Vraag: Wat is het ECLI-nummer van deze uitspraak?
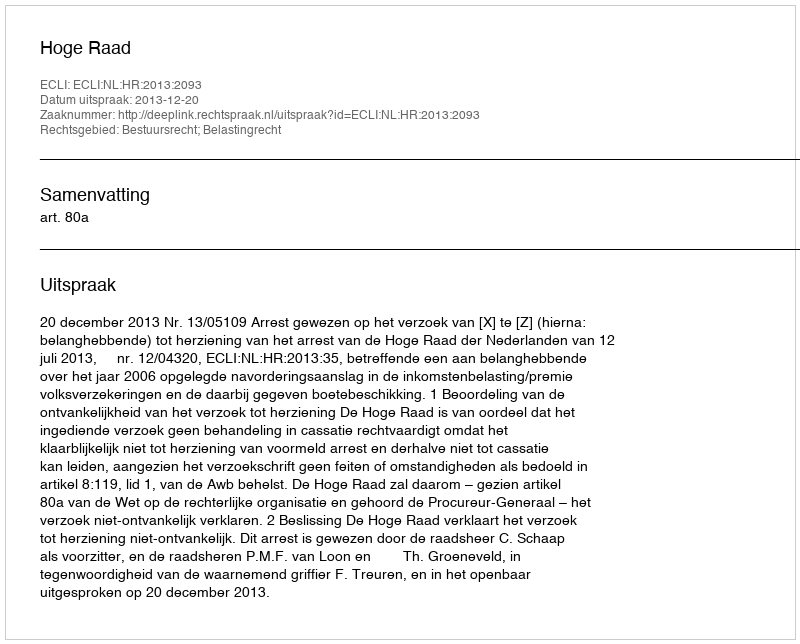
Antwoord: ECLI:NL:HR:2013:2093